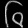
Digit: ၆